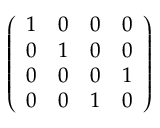
\left( \begin{array} { l l l l } { 1 } & { 0 } & { 0 } & { 0 } \\ { 0 } & { 1 } & { 0 } & { 0 } \\ { 0 } & { 0 } & { 0 } & { 1 } \\ { 0 } & { 0 } & { 1 } & { 0 } \end{array} \right)